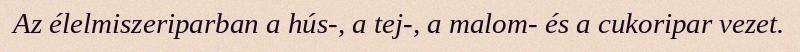
Az élelmiszeriparban a hús-, a tej-, a malom- és a cukoripar vezet.